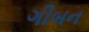
ગીબન